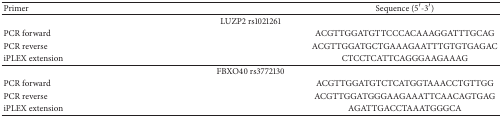
<table><thead><tr><td><b>Primer</b></td><td><b>Sequence (5′-3′)</b></td></tr></thead><tbody><tr><td colspan="2">LUZP2 rs1021261</td></tr><tr><td>PCR forward</td><td>ACGTTGGATGTTCCCACAAAGGATTTGCAG</td></tr><tr><td>PCR reverse</td><td>ACGTTGGATGCTGAAAGAATTTGTGTGAGAC</td></tr><tr><td>iPLEX extension</td><td>CTCCTCATTCAGGGAAGAAAG</td></tr><tr><td colspan="2">FBXO40 rs3772130</td></tr><tr><td>PCR forward</td><td>ACGTTGGATGTCTCATGGTAAACCTGTTGG</td></tr><tr><td>PCR reverse</td><td>ACGTTGGATGGGAAGAAATTCAACAGTGAG</td></tr><tr><td>iPLEX extension</td><td>AGATTGACCTAAATGGGCA</td></tr></tbody></table>